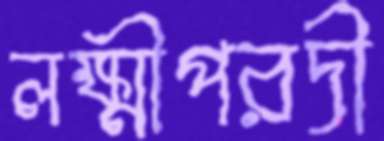
লক্ষ্মীপরদী